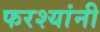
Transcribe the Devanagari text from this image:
फरश्यांनी